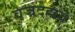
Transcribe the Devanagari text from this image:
वज्रदेहाय